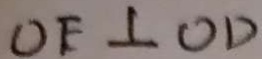
O E \bot O D